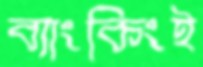
ব্যাংকিংই